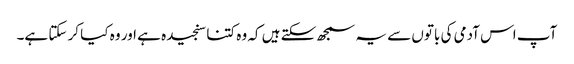
آپ اس آدمی کی باتوں سے یہ سمجھ سکتے ہیں کہ وہ کتنا سنجیدہ ہے اور وہ کیا کر سکتا ہے۔